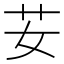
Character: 𦬑